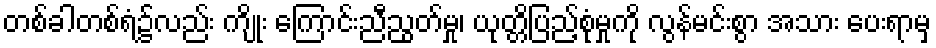
တစ်ခါတစ်ရံ၌လည်း ကျိုး ကြောင်းညီညွတ်မှု၊ ယုတ္တိပြည့်စုံမှုကို လွန်မင်းစွာ အသား ပေးရာမှ